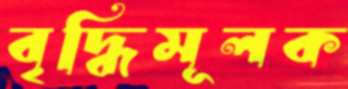
বৃদ্ধিমূলক